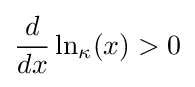
{\frac {d}{dx}}\ln _{\kappa }(x)>0